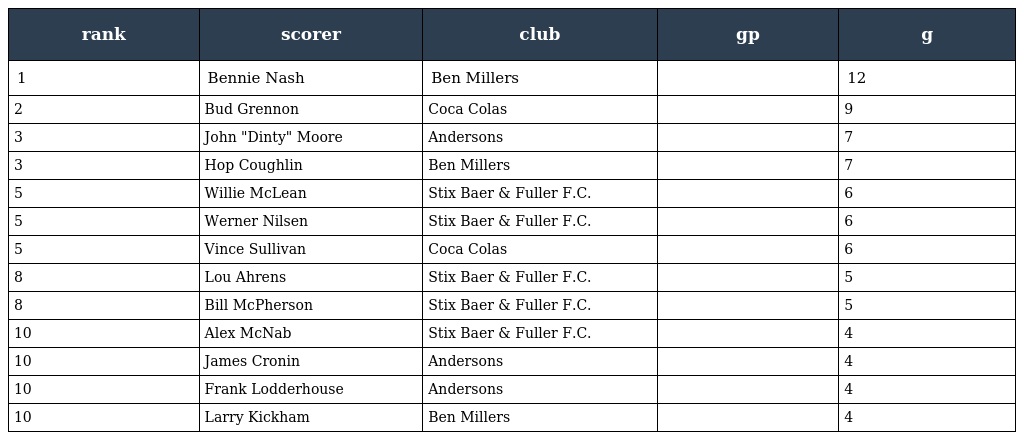
| rank | scorer | club | gp | g |
 | --- | --- | --- | --- | --- |
 | 1 | Bennie Nash | Ben Millers |  | 12 |
 | 2 | Bud Grennon | Coca Colas |  | 9 |
 | 3 | John "Dinty" Moore | Andersons |  | 7 |
 | 3 | Hop Coughlin | Ben Millers |  | 7 |
 | 5 | Willie McLean | Stix Baer & Fuller F.C. |  | 6 |
 | 5 | Werner Nilsen | Stix Baer & Fuller F.C. |  | 6 |
 | 5 | Vince Sullivan | Coca Colas |  | 6 |
 | 8 | Lou Ahrens | Stix Baer & Fuller F.C. |  | 5 |
 | 8 | Bill McPherson | Stix Baer & Fuller F.C. |  | 5 |
 | 10 | Alex McNab | Stix Baer & Fuller F.C. |  | 4 |
 | 10 | James Cronin | Andersons |  | 4 |
 | 10 | Frank Lodderhouse | Andersons |  | 4 |
 | 10 | Larry Kickham | Ben Millers |  | 4 |